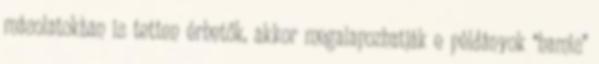
másolatokban is tetten érhetők, akkor megalapozhatják e példányok “hamis”